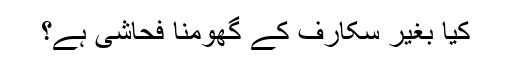
کیا بغیر سکارف کے گھومنا فحاشی ہے؟